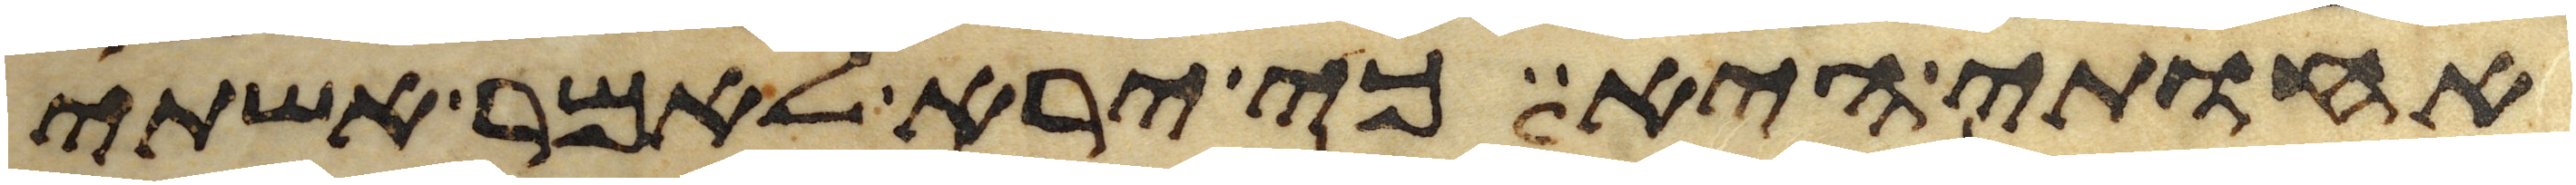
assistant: אחותי היא כי ירא לאמר אשתי